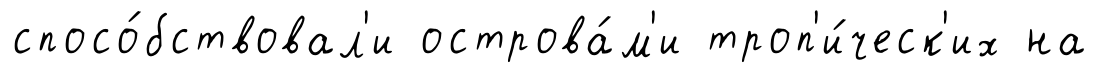
спосо́бствовал'и острова́м'и троп'и́ческ'их на